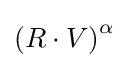
\left(R\cdot V\right)^{\alpha }